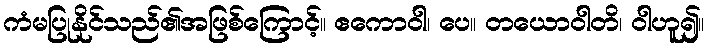
ကံမပြုနိုင်သည်၏အဖြစ်ကြောင့်။ ဧကောဝါ၊ ပေ။ တယောဝါတိ၊ ဝါဟူ၍။